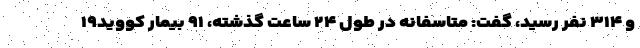
و ۳۱۴ نفر رسید، گفت: متاسفانه در طول ۲۴ ساعت گذشته، ۹۱ بیمار کووید۱۹